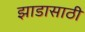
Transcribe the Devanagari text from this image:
झाडासाठी